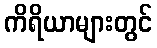
ကိရိယာများတွင်